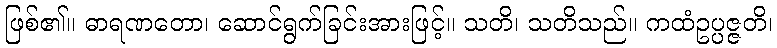
ဖြစ်၏။ ဓာရဏတော၊ ဆောင်ရွက်ခြင်းအားဖြင့်။ သတိ၊ သတိသည်။ ကထံဥပ္ပဇ္ဇတိ၊